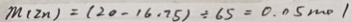
m ( 2 n ) = ( 2 0 - 1 6 . 9 5 ) \div 6 5 = 0 . 0 5 m o l